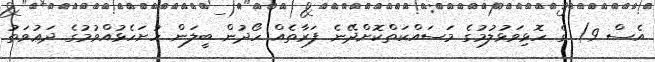
އެސް 9) ގެ ހޮޅިވަޅުލުމުގެ މަސައްކަތްކޮށްދޭނެ ފަރާތެއް ހޯދުން ބީލަން ހުށަހެޅުއްވުމުގެ ދަޢުވަތު